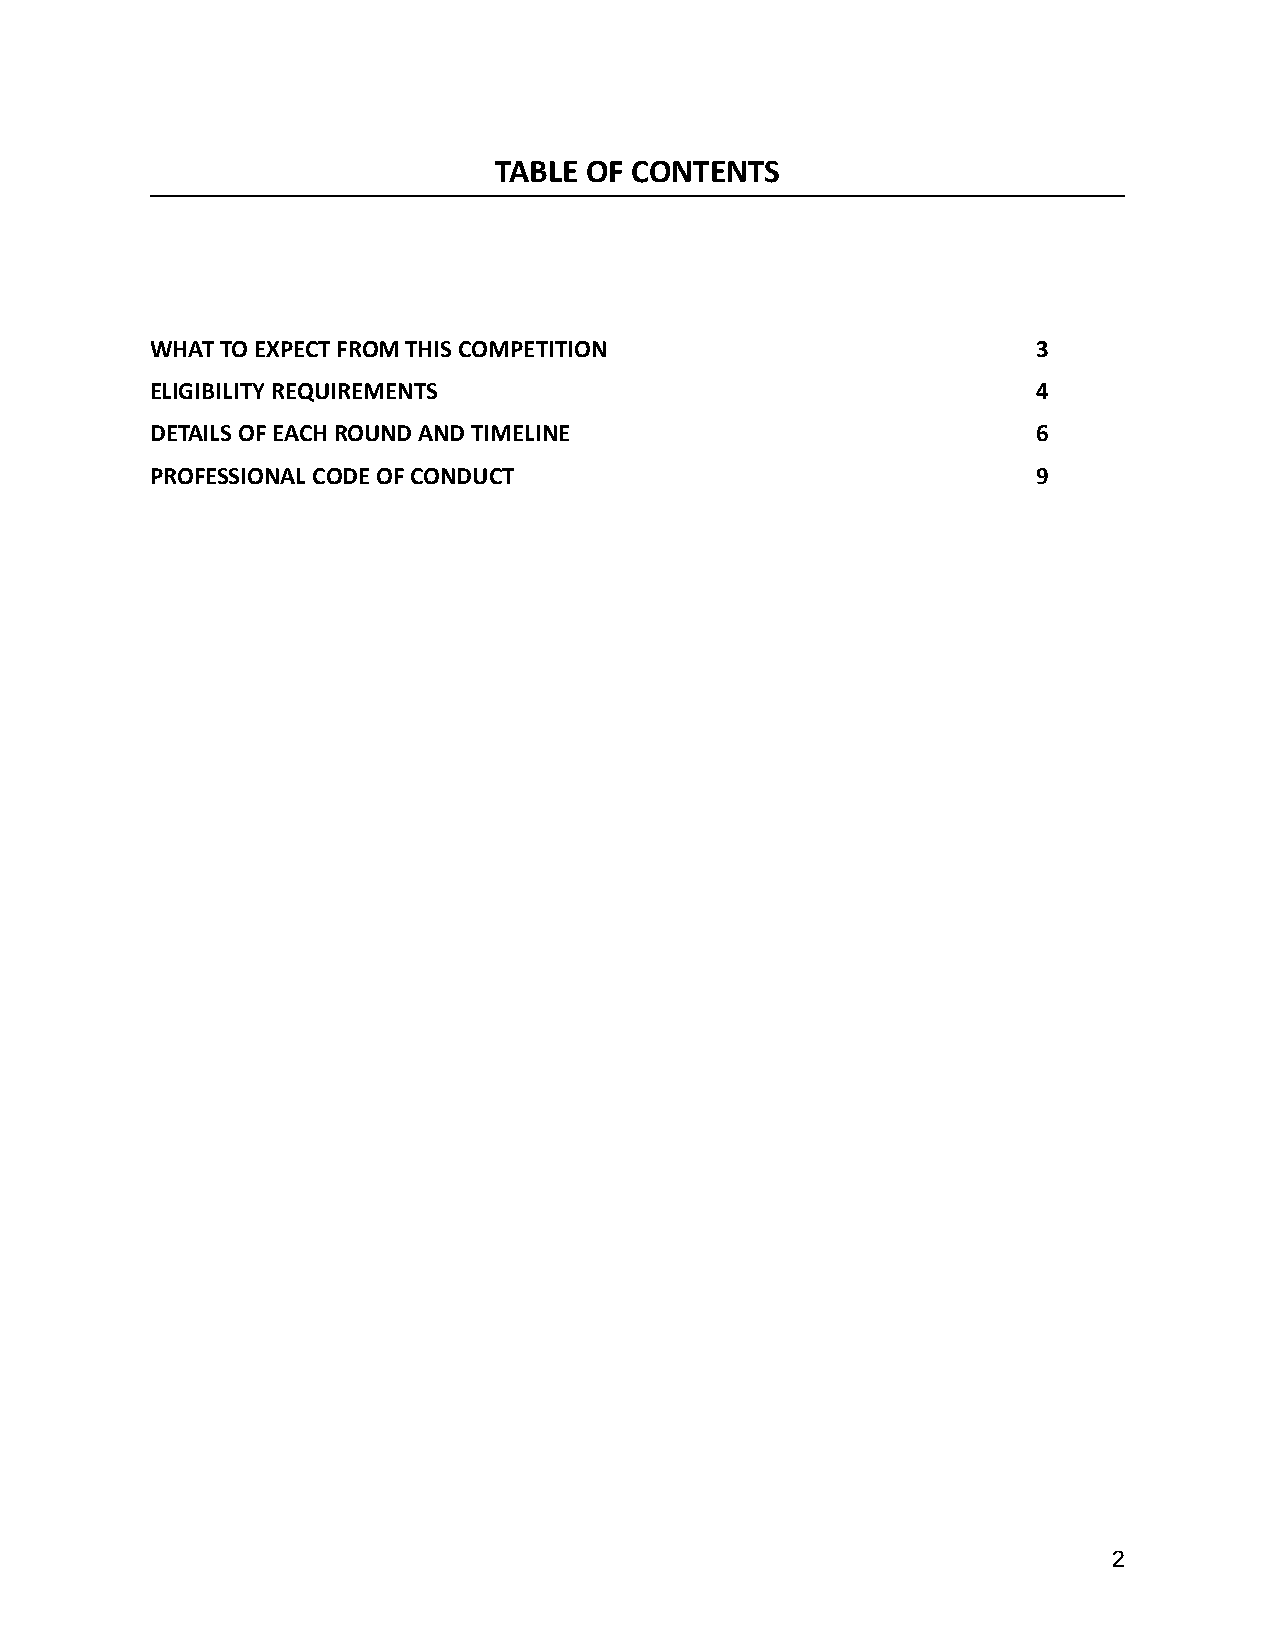
TABLE OF CONTENTS
 WHAT TO EXPECT FROM THIS COMPETITION                       3
 ELIGIBILITY REQUIREMENTS                                   4
 DETAILS OF EACH ROUND AND TIMELINE                         6
 PROFESSIONAL CODE OF CONDUCT                               9
 2